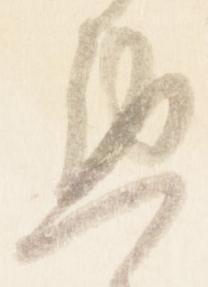
懃